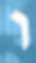
ו